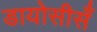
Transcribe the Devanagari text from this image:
डायोसीसँ